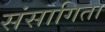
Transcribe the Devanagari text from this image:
संसागिता